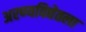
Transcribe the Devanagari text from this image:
अरण्यविद्येतला